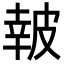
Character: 𤿹